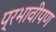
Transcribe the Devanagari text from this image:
प्रभावीपण